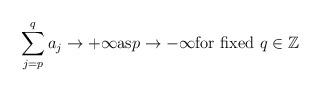
LaTeX: \begin{align*}\sum\limits_{j=p}^{q}a_{j}\to +\infty \textnormal{as} p\to -\infty \textnormal{for fixed $q\in \mathbb{Z}$}\end{align*}